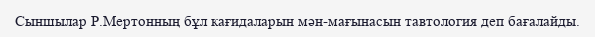
Сыншылар Р.Мертонның бұл кағидаларын мән-мағынасын тавтология деп бағалайды.